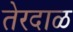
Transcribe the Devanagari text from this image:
तेरदाळ